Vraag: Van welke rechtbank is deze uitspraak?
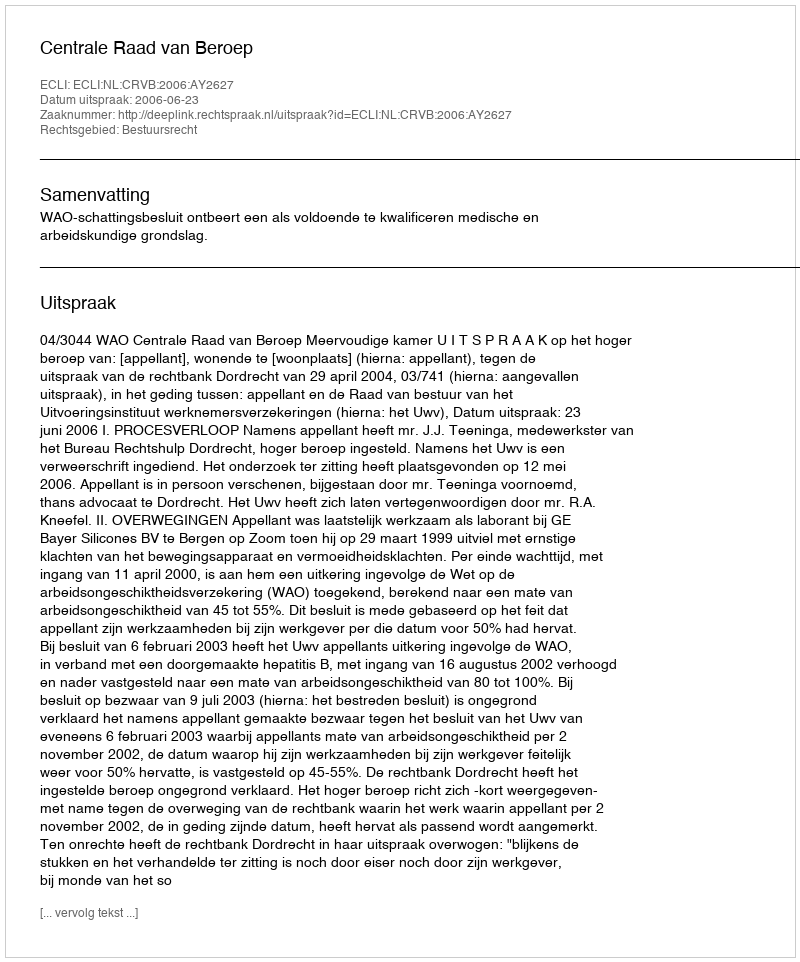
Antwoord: Centrale Raad van Beroep